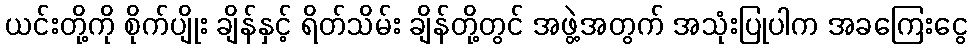
ယင်းတို့ကို စိုက်ပျိုး ချိန်နှင့် ရိတ်သိမ်း ချိန်တို့တွင် အဖွဲ့အတွက် အသုံးပြုပါက အခကြေးငွေ